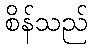
စိန်သည်